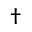
\dagger